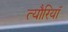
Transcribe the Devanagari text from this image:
त्यौरियाँ